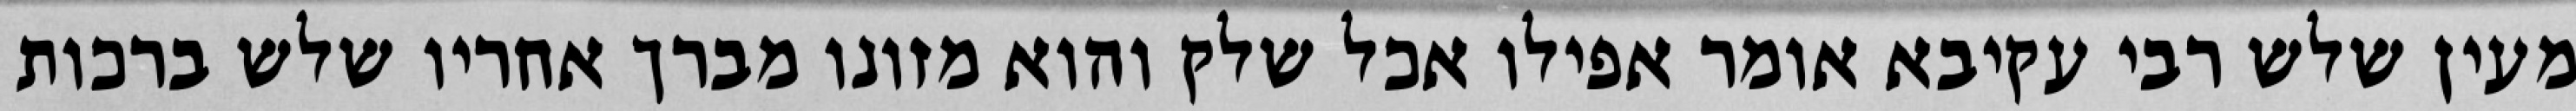
מעין שלש רבי עקיבא אומר אפילו אכל שלק והוא מזונו מברך אחריו שלש ברכות